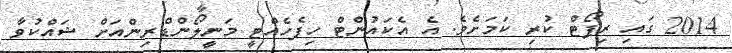
2014 ގައި ރިޕޯޓް ކުރި ކަމަށެވެ. އެ އެކައުންޓް ހިފެހެއްޓީ މަނީލޯންޑްރިންއަށް ޝައްކުވާ